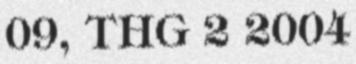
09, THG 2 2004